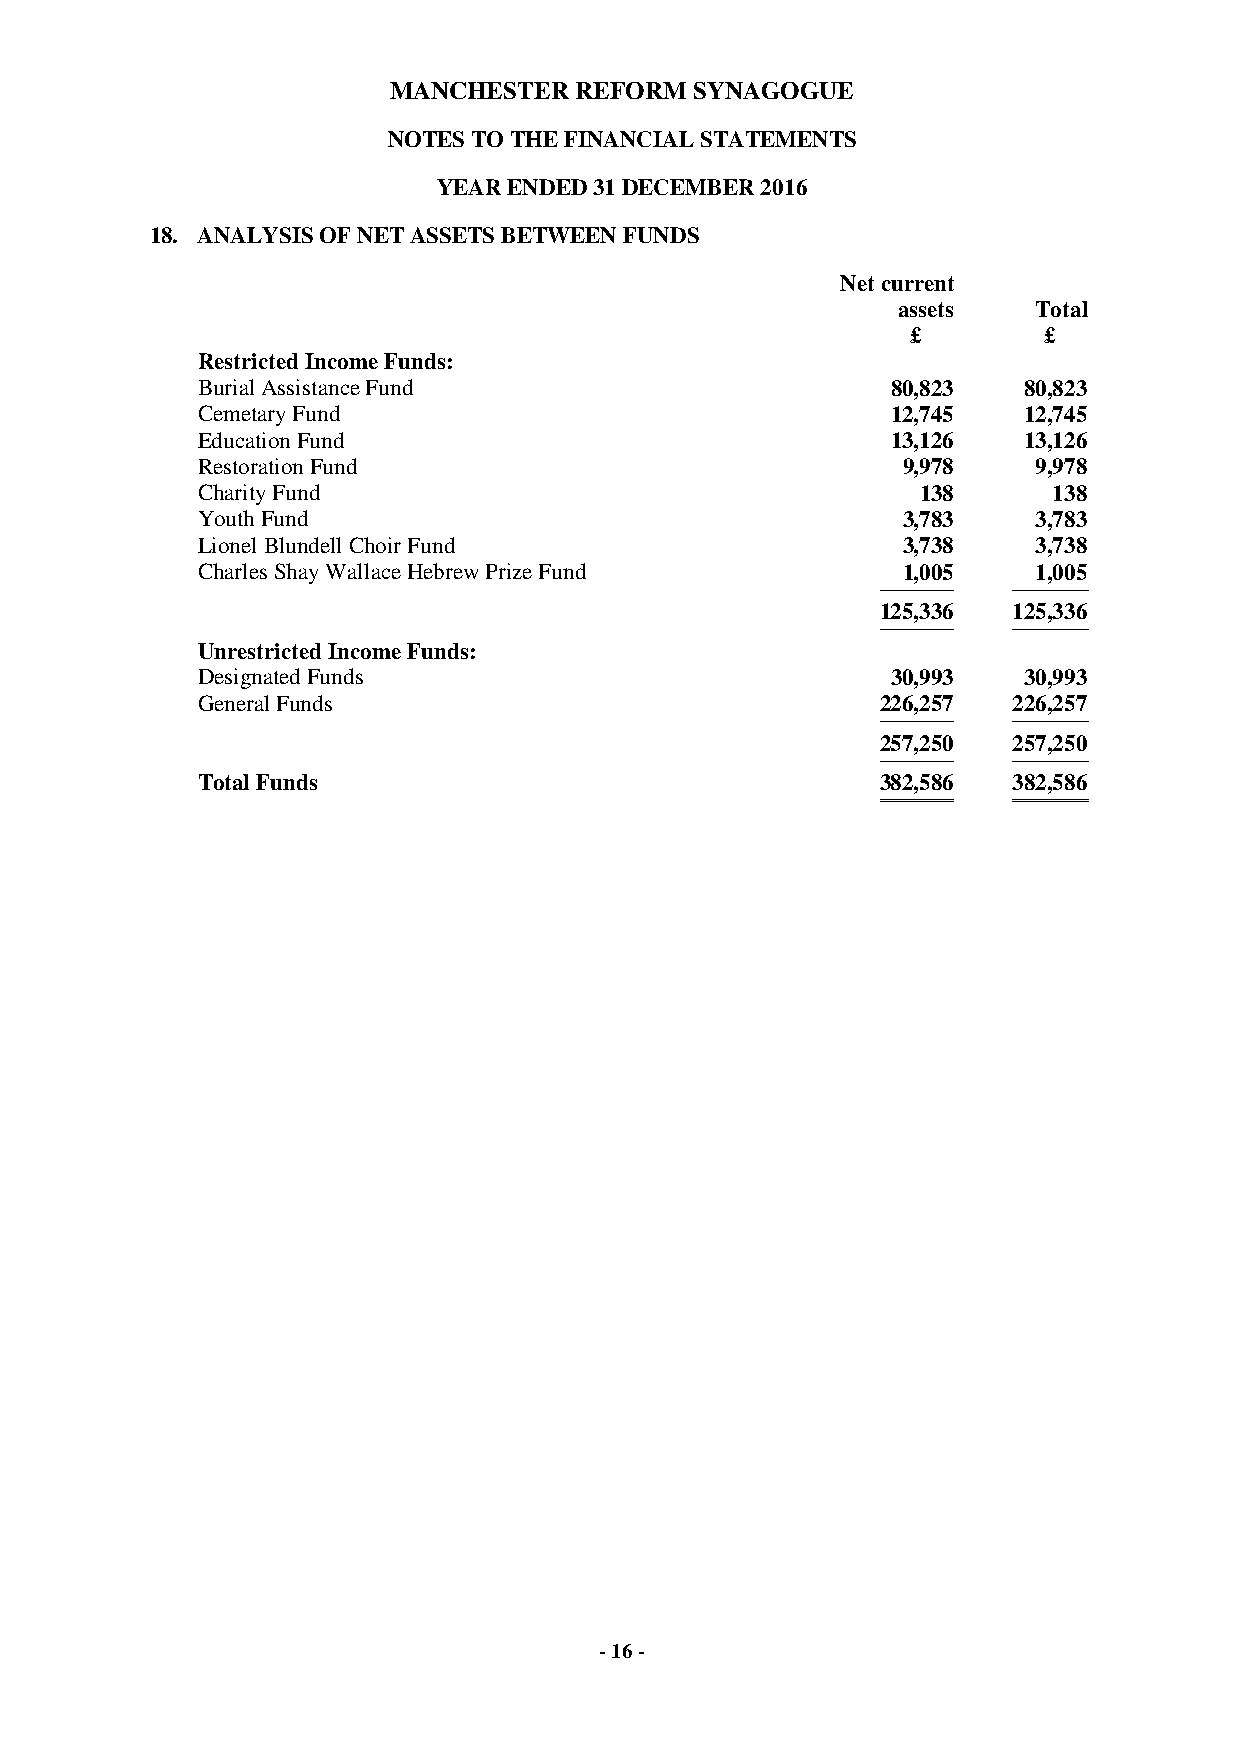
MANCHESTER  REFORM  SYNAGOGUE
 NOTES TO THE FINANCIAL STATEMENTS
 YEAR ENDED 31 DECEMBER 2016
 18. ANALYSIS OF NET ASSETS BETWEEN FUNDS
 Net current
 assets    Total
 £        £
 Restricted Income Funds:
 Burial Assistance Fund                        80,823   80,823
 Cemetary Fund                                 12,745   12,745
 Education Fund                                13,126   13,126
 Restoration Fund                               9,978    9,978
 Charity Fund                                    138      138
 Youth Fund                                     3,783    3,783
 Lionel Blundell Choir Fund                     3,738    3,738
 Charles Shay Wallace Hebrew Prize Fund         1,005    1,005
 (cid:1)(cid:1)(cid:1)(cid:1)(cid:1)(cid:1)(cid:1)(cid:1)(cid:1)(cid:1) (cid:1)(cid:1)(cid:1)(cid:1)(cid:1)(cid:1)(cid:1)(cid:1)(cid:1)(cid:1)
 125,336  125,336
 (cid:1)(cid:1)(cid:1)(cid:1)(cid:1)(cid:1)(cid:1)(cid:1)(cid:1)(cid:1) (cid:1)(cid:1)(cid:1)(cid:1)(cid:1)(cid:1)(cid:1)(cid:1)(cid:1)(cid:1)
 Unrestricted Income Funds:
 Designated Funds                              30,993   30,993
 General Funds                                226,257  226,257
 (cid:1)(cid:1)(cid:1)(cid:1)(cid:1)(cid:1)(cid:1)(cid:1)(cid:1)(cid:1) (cid:1)(cid:1)(cid:1)(cid:1)(cid:1)(cid:1)(cid:1)(cid:1)(cid:1)(cid:1)
 257,250  257,250
 (cid:1)(cid:1)(cid:1)(cid:1)(cid:1)(cid:1)(cid:1)(cid:1)(cid:1)(cid:1) (cid:1)(cid:1)(cid:1)(cid:1)(cid:1)(cid:1)(cid:1)(cid:1)(cid:1)(cid:1)
 Total Funds                                  382,586  382,586
 (cid:2)(cid:2)(cid:2)(cid:2)(cid:2)(cid:2)(cid:2)(cid:2)(cid:2)(cid:2) (cid:2)(cid:2)(cid:2)(cid:2)(cid:2)(cid:2)(cid:2)(cid:2)(cid:2)(cid:2)
 - 16 -